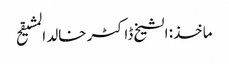
ماخذ: الشیخ ڈاکٹر خالد المشیقح